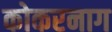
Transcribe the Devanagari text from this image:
कोकरनाग